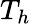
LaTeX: T_{h}